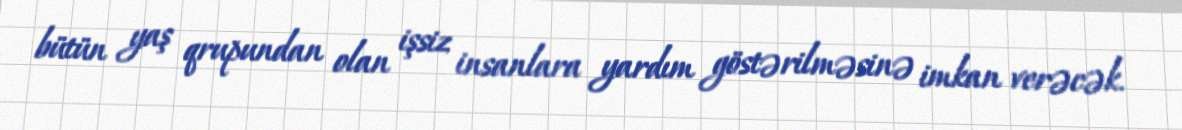
bütün yaş qrupundan olan işsiz insanlara yardım göstərilməsinə imkan verəcək.